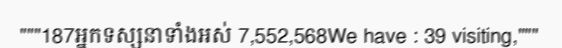
"""187អ្នកទស្សនាទាំងអស់ 7,552,568We have : 39 visiting,"""